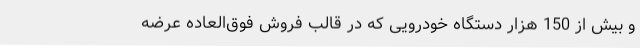
و بیش از 150 هزار دستگاه خودرویی که در قالب فروش فوق‌العاده عرضه